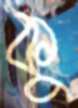
কু